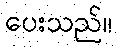
ပေးသည်။